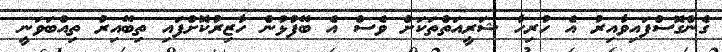
ގެންގޮސްފައިވާއިރު އެ ހުރިހާ ޝަރީއަތްތަކަށް ވެސް އެ ބޭފުޅުން ހާޒިރުކޮށްފައި ތިބޭއިރު ތިއްބަވަނީ